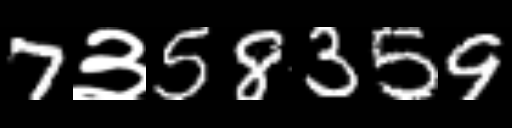
Text: 7३58359